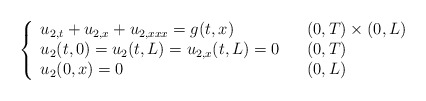
\begin{align*}\left\{\begin{array}[c]{lll}u_{2,t}+u_{2,x}+u_{2,xxx}=g( t,x) & & (0,T) \times( 0,L) \\u_{2}( t,0) =u_{2}( t,L) =u_{2,x}( t,L)=0 & & ( 0,T) \\u_{2}( 0,x) =0 & & ( 0,L) \end{array}\right. \end{align*}